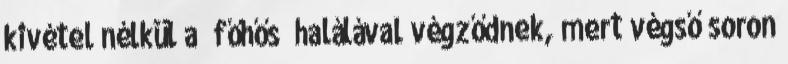
kivétel nélkül a “főhős” halálával végződnek, mert végső soron